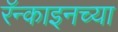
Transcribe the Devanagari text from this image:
रॅन्काइनच्या